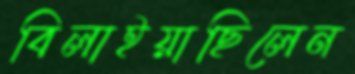
বিলাইয়াছিলেন